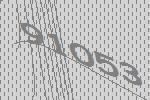
91053